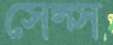
সেল্স